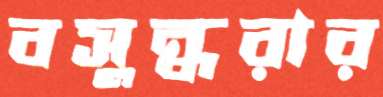
বসুন্ধরার